Indian journal of veterinary science and animal husbandry - Volume 12,
Year: 1942
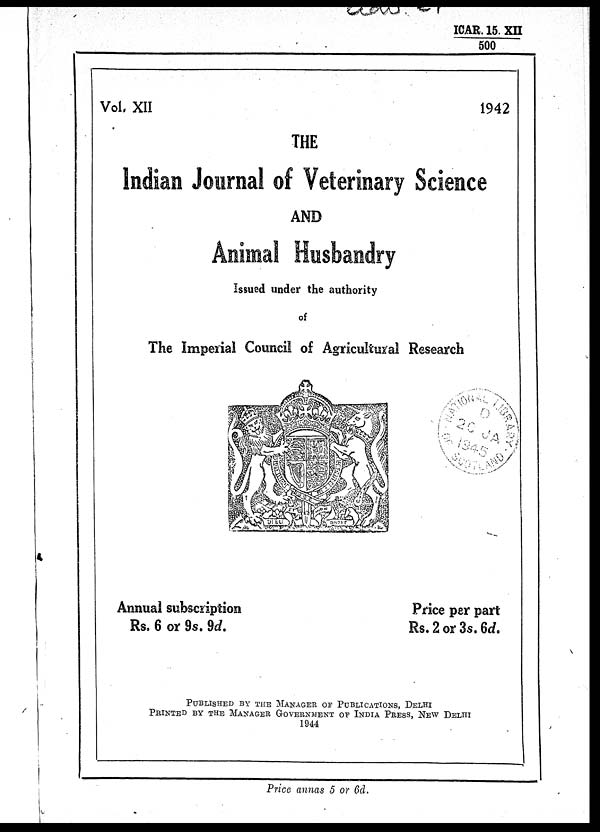
ICAR,
15. XII / 500
Vol. XII
1942
THE
Indian Journal of Veterinary Science
AND
Animal Husbandry
Issued under the authority
of
The Imperial Council of Agricultural Research
Annual subscription
Rs. 6 or 9s. 9d.
Price per part
Rs. 2 or 3s. 6d.
PUBLISHED BY THE MANAGER OF PUBLICATION, DELHI
PRINTED BY THE MANAGER GOVERNMENT OF INDIA PRESS, NEW DELHI
1944
Price annas 5 or 6d.